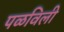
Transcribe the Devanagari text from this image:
पळविली